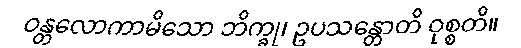
ဝန္တလောကာမိသော ဘိက္ခု၊ ဥပသန္တောတိ ဝုစ္စတိ။